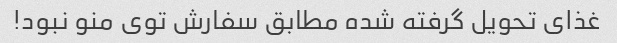
غذای تحویل گرفته شده مطابق سفارش توی منو نبود!